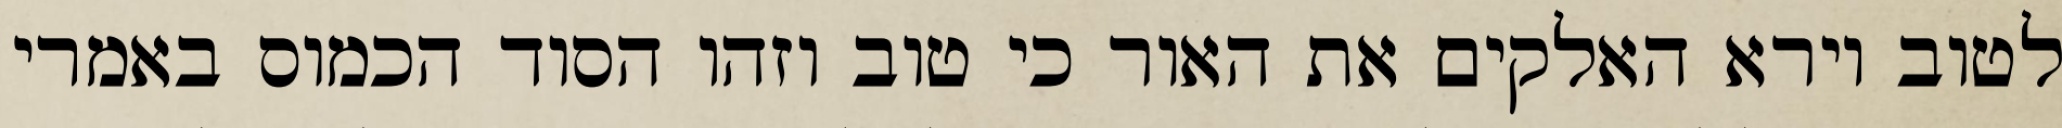
לטוב וירא האלקים את האור כי טוב וזהו הסוד הכמוס באמרי